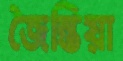
জৈন্তিয়া